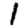
Digit: 1